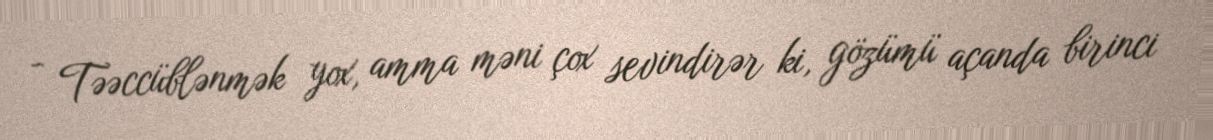
- Təəccüblənmək yox, amma məni çox sevindirər ki, gözümü açanda birinci